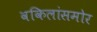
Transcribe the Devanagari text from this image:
वकिलांसमोर